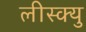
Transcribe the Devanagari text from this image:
लीस्क्यु